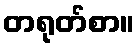
တရုတ်စာ။